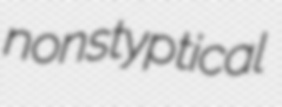
nonstyptical